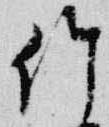
竹